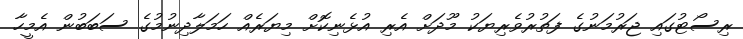
ރިސޯޓުގައި ޖަރުމަނުގެ ފަތުރުވެރިޔަކު މޫދަށް އެރި އުޅެނިކޮށް މިޔަރެއް ހަމަލާދިނުމުގެ ސަބަބުން އެމީހާ